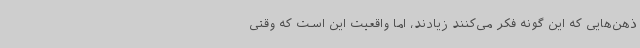
ذهن‌هایی که این گونه فکر می‌کنند زیادند، اما واقعیت این است که وقتی